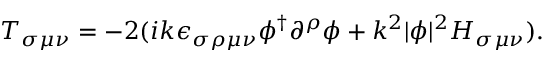
T _ { \sigma \mu \nu } = - 2 ( i k \epsilon _ { \sigma \rho \mu \nu } \phi ^ { \dagger } \partial ^ { \rho } \phi + k ^ { 2 } | \phi | ^ { 2 } H _ { \sigma \mu \nu } ) .